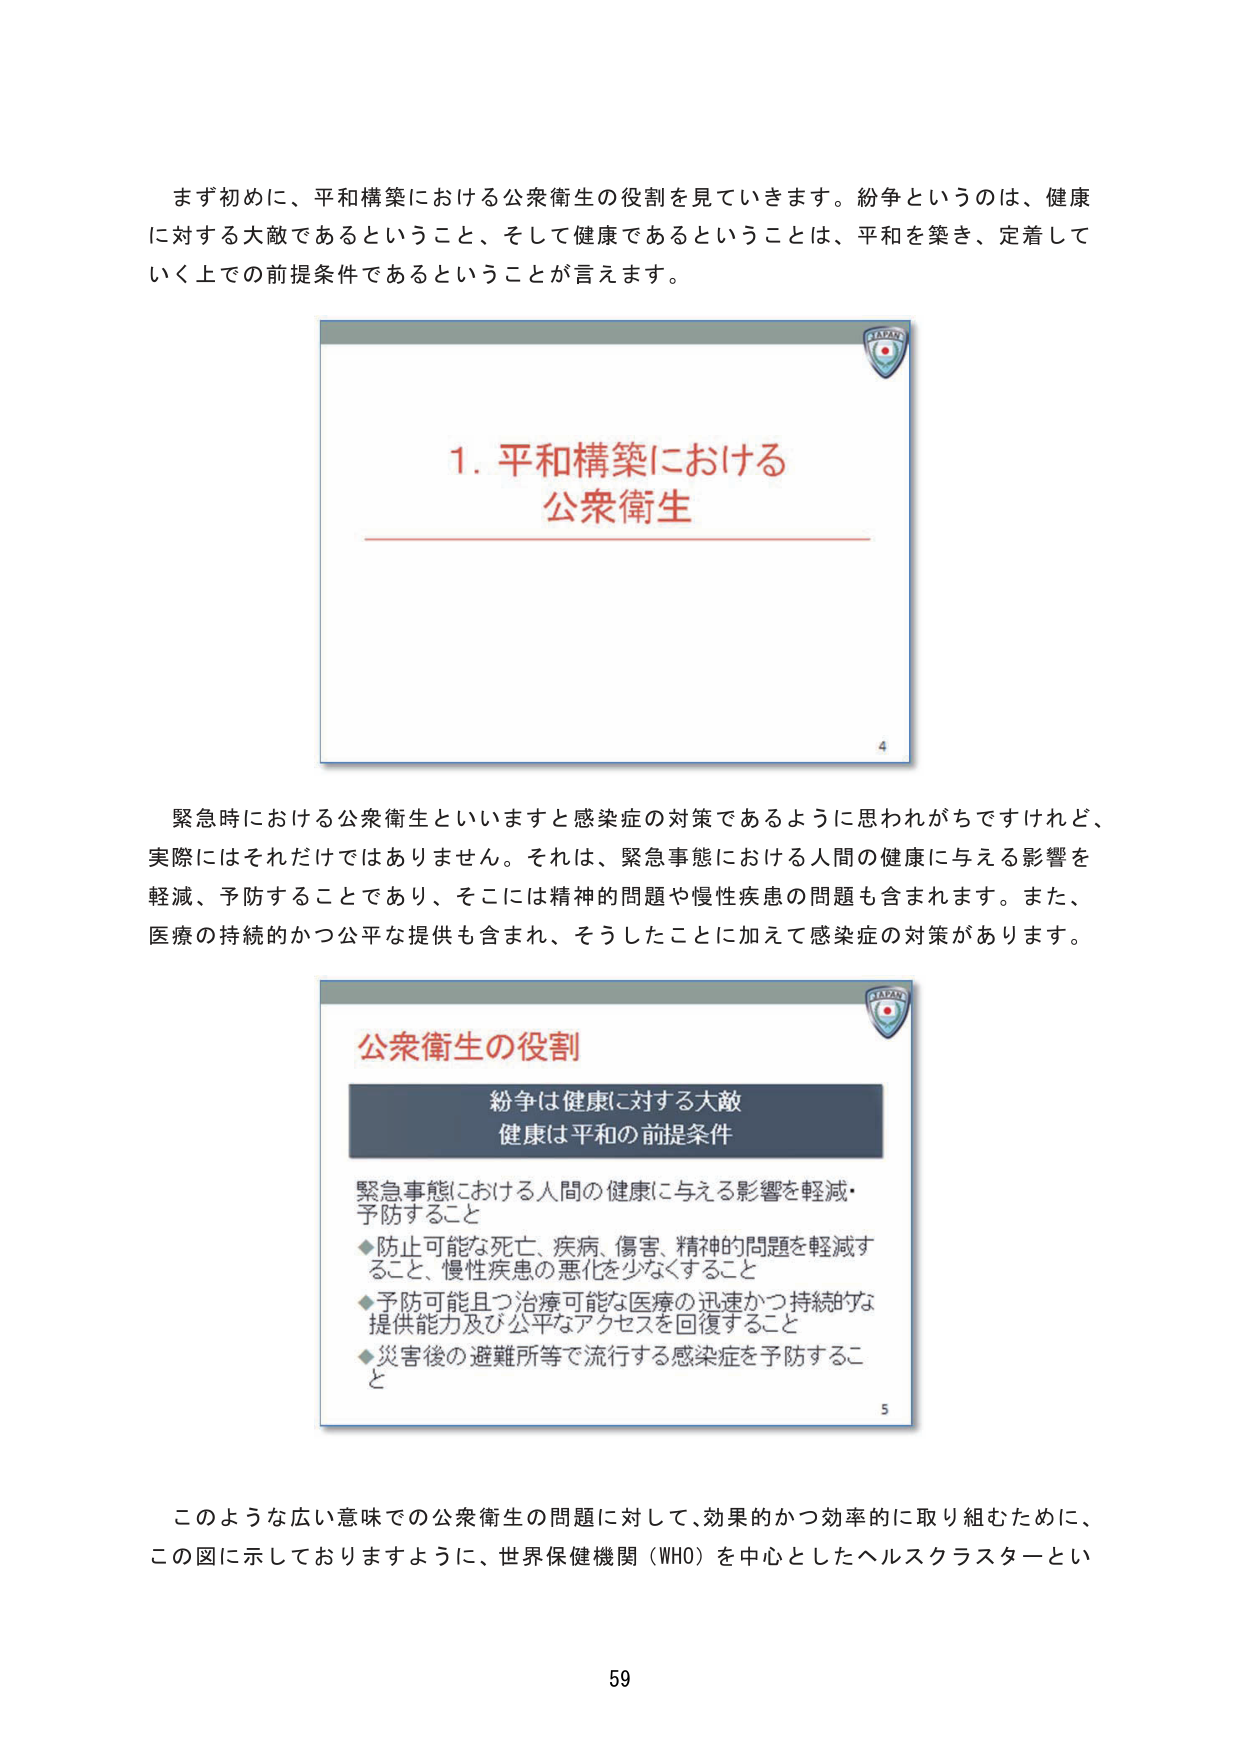
まず初めに、平和構築における公衆衛生の役割を見てきます。紛争というのは、健康に対する大敵であるということ、そして健康であるということは、平和を築き、定着していく上での前提条件であるということが言えます。

1. 平和構築における
公衆衛生

緊急時における公衆衛生といいますと感染症の対策であるように思われがちですけれど、実際にはそれだけではありません。それは、緊急事態における人間の健康に与える影響を軽減、予防することであり、そこには精神の問題や慢性疾患の問題も含まれます。また、医療の持続的かつ公平な提供も含まれ、そうしたことに加えて感染症の対策があります。

公衆衛生の役割
紛争は健康に対する大敵
健康は平和の前提条件
緊急事態における人間の健康に与える影響を軽減・予防すること
◆防止可能な死亡、疾病、傷害、精神的問題を軽減すること、慢性疾患の悪化を少なくすること
◆予防可能且つ治療可能な医療の迅速かつ持続的な提供能力及び公平なアクセスを回復すること
◆災害後の避難所等で流行する感染症を予防すること

このような広い意味での公衆衛生の問題に対して、効果的かつ効率的に取り組むために、この図に示しておりますように、世界保健機関（WHO）を中心としたヘルスクラスターとい

59